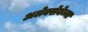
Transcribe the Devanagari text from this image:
अलेक्सेयेव्ना